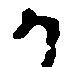
か